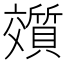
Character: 𬽟